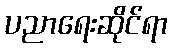
ပညာရေးဆိုင်ရာ